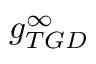
g _ { T G D } ^ { \infty }